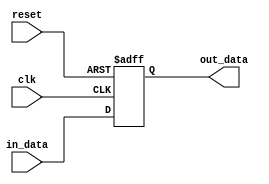
module PIPO_shift_register(
    input wire clk, // clock input
    input wire reset, // reset input
    input wire [7:0] in_data, // parallel input data
    output reg [7:0] out_data // parallel output data
);

reg [7:0] reg_data; // internal register data

// always block for shifting data
always @(posedge clk or posedge reset) begin
    if (reset) begin
        reg_data <= 8'b0; // reset the register data
    end else begin
        reg_data <= in_data; // load new input data into register
    end
end

// assign output data
assign out_data = reg_data;

endmodule